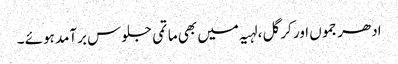
ادھر جموں اور کرگل ،لہیہ میں بھی ماتمی جلوس برآمد ہوئے ۔